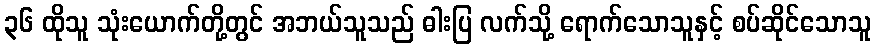
၃၆ ထိုသူ သုံးယောက်တို့တွင် အဘယ်သူသည် ဓါးပြ လက်သို့ ရောက်သောသူနှင့် စပ်ဆိုင်သောသူ